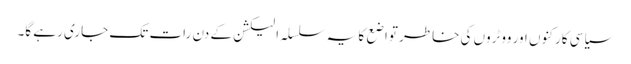
سیاسی کارکنوں اور ووٹروں کی خاطر تواضع کا یہ سلسلہ الیکشن کے دن رات تک جاری رہے گا۔